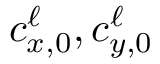
c _ { x , 0 } ^ { \ell } , c _ { y , 0 } ^ { \ell }